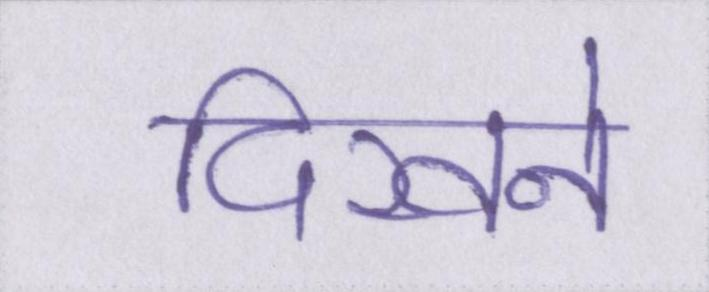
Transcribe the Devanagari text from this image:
दिखने